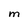
Character: M